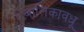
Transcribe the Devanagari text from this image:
बालिकावधू